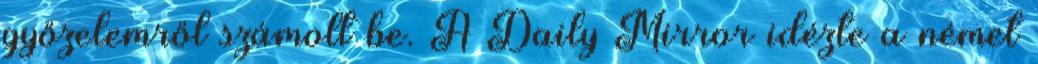
győzelemről számolt be. A Daily Mirror idézte a német